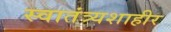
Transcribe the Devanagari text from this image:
स्वातंत्र्यशाहीर